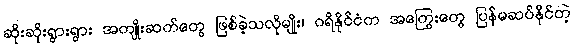
ဆိုးဆိုးရွားရွား အကျိုးဆက်တွေ ဖြစ်ခဲ့သလိုမျိုး၊ ဂရိနိုင်ငံက အကြွေးတွေ ပြန်မဆပ်နိုင်တဲ့